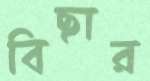
বিছার